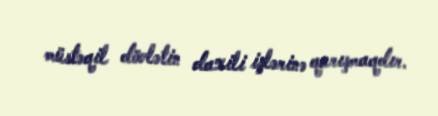
müstəqil dövlətin daxili işlərinə qarışmaqdır.